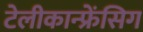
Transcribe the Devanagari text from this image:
टेलीकान्फ्रेंसिग